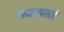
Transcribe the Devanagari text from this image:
यस्मात्परतरं